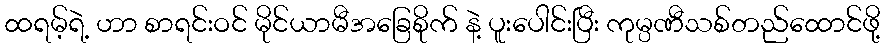
ထရမ့်ရဲ့ ဟာ စာရင်းဝင် မိုင်ယာမီအခြေစိုက် နဲ့ ပူးပေါင်းပြီး ကုမ္ပဏီသစ်တည်ထောင်ဖို့